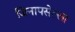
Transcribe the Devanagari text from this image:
जिनापसेल्ला